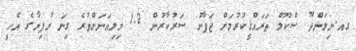
ގއ.ނިލަންދޫ ސްކޫލް ތަރައްޤީކުރުމަށް ޖަޕާނު ސަރުކާރުން 1.2 މިލިއަނަށްވުރެ ގިނަ ރުފިޔާގެ އެހީ